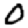
Digit: 0